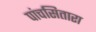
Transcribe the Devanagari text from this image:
पांचसितारा